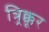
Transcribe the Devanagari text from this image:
त्र्र्र्रिक्कूर